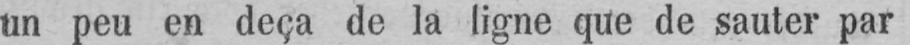
un peu en deça de la ligne que de sauter par